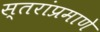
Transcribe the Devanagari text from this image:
स्तरांप्रमाणे